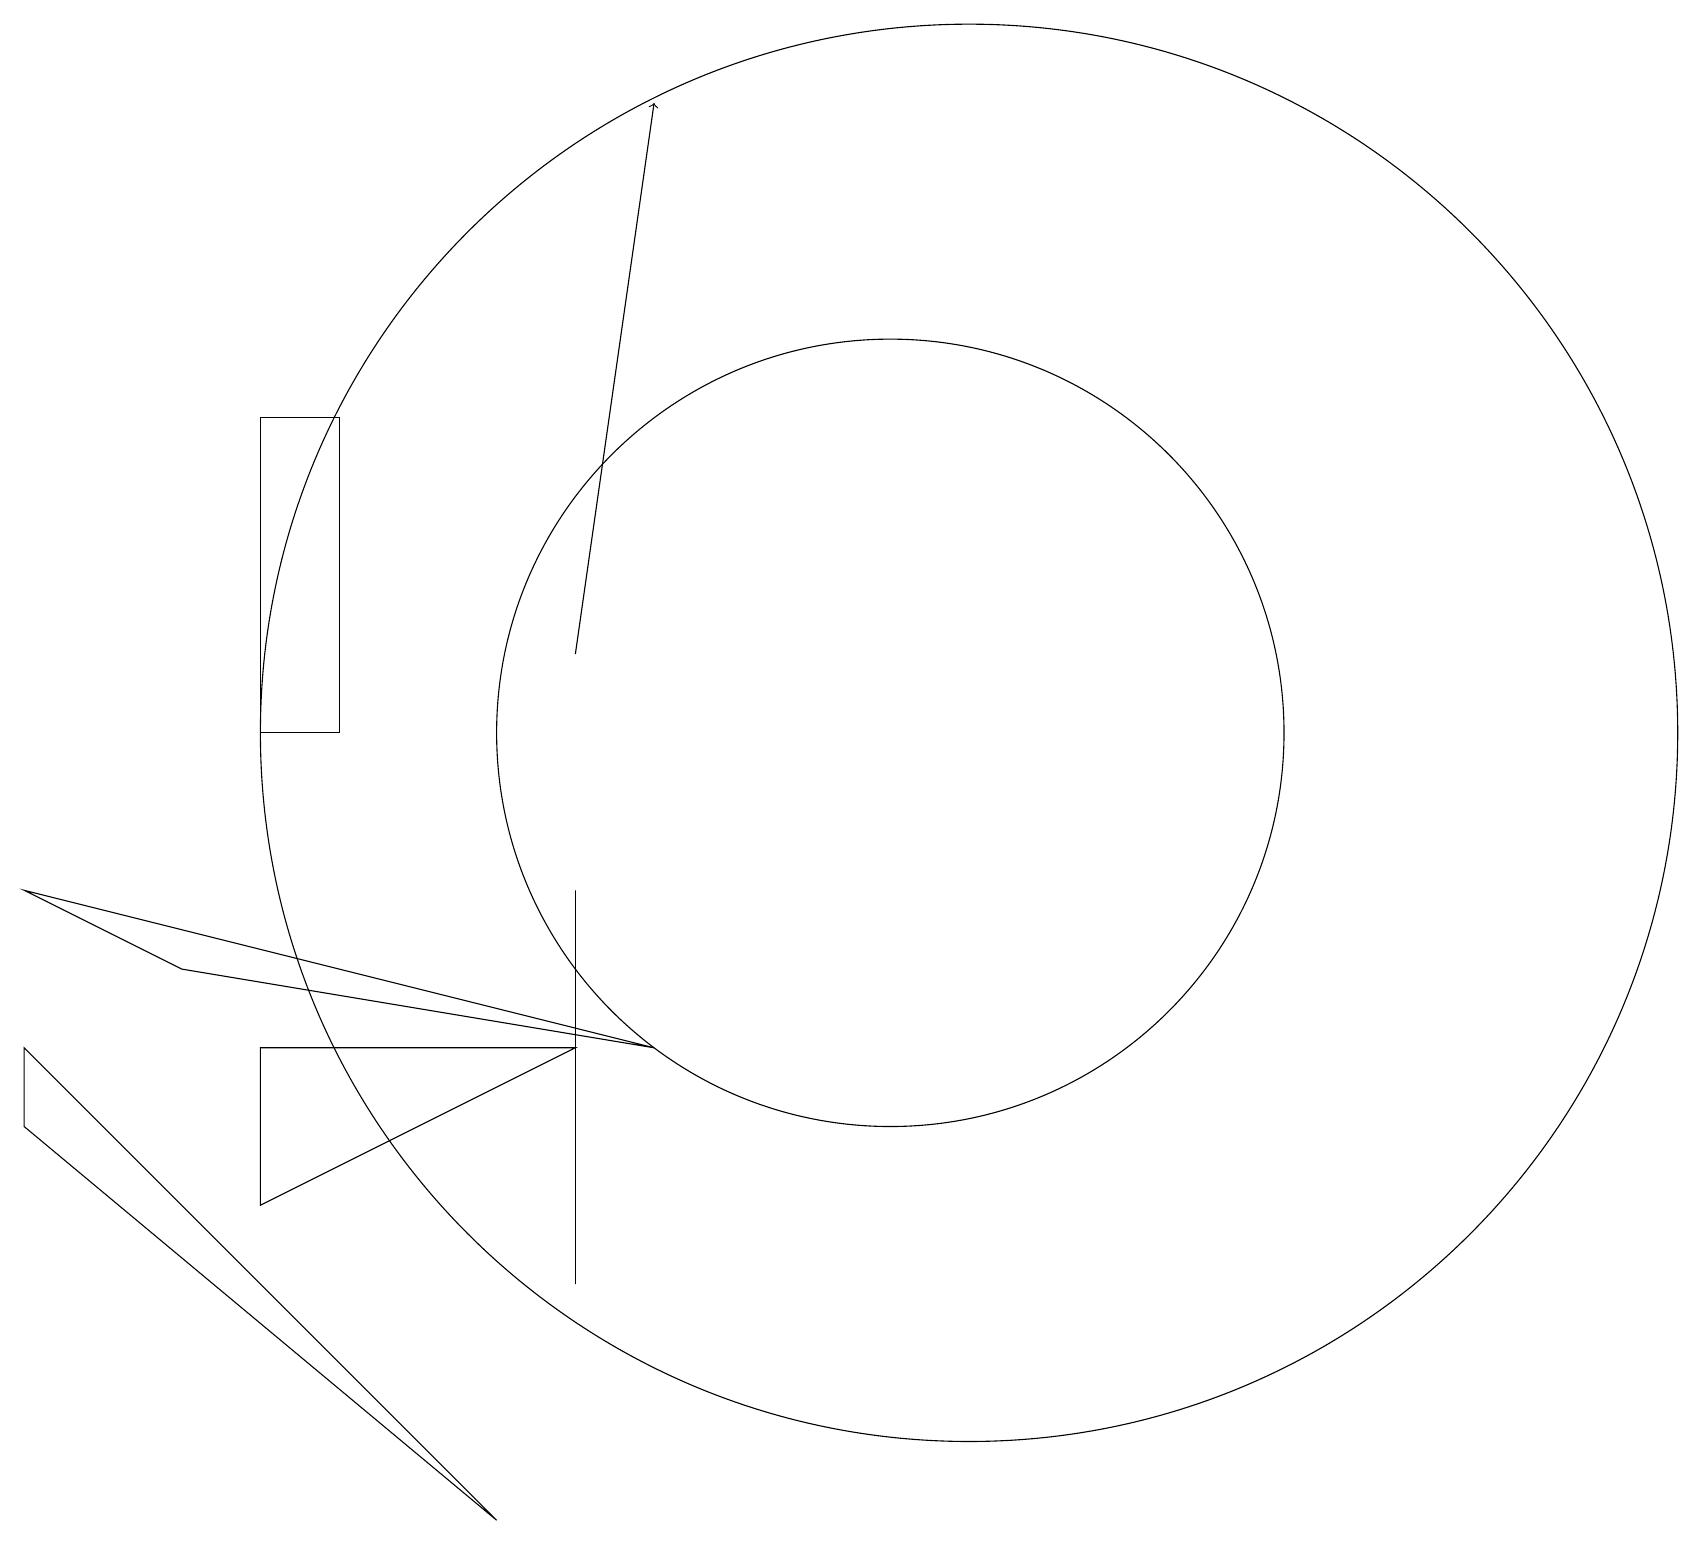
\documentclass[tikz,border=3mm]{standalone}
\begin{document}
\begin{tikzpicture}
\draw[->] (7,11) -- (8,18);
\draw (6,0) -- (0,6) -- (0,5) -- cycle;
\draw (4,10) rectangle (3,14);
\draw (8,6) -- (2,7) -- (0,8) -- cycle;
\draw (11,10) circle (5);
\draw (3,4) -- (7,6) -- (3,6) -- cycle;
\draw (7,3) -- (7,8) -- (7,6) -- cycle;
\draw (12,10) circle (9);
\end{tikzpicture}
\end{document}